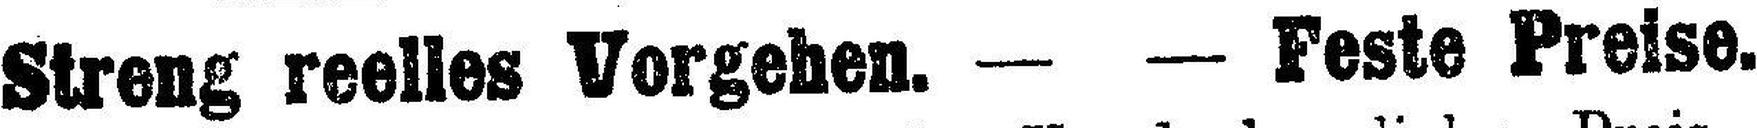
Streng reelles Vorgehen. — — Feste Preise.